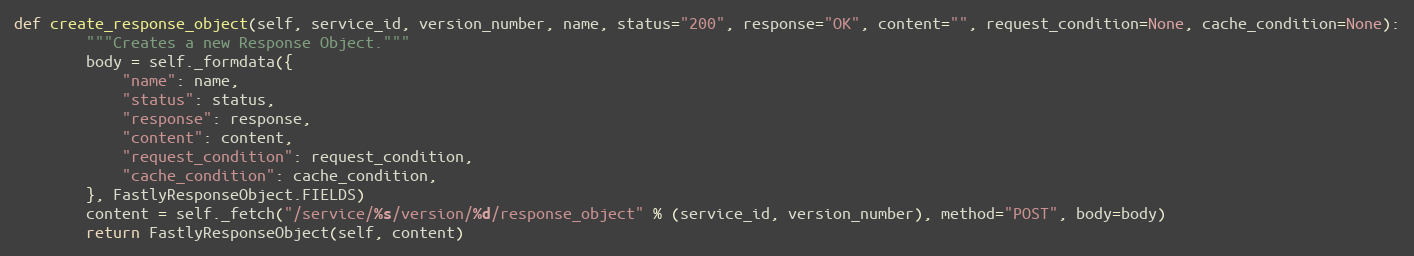
Language: Python
def create_response_object(self, service_id, version_number, name, status="200", response="OK", content="", request_condition=None, cache_condition=None):
		"""Creates a new Response Object."""
		body = self._formdata({
			"name": name,
			"status": status,
			"response": response,
			"content": content,
			"request_condition": request_condition,
			"cache_condition": cache_condition,
		}, FastlyResponseObject.FIELDS)
		content = self._fetch("/service/%s/version/%d/response_object" % (service_id, version_number), method="POST", body=body)
		return FastlyResponseObject(self, content)